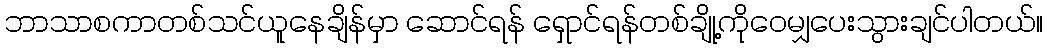
ဘာသာစကာတစ်သင်ယူနေချိန်မှာ ဆောင်ရန် ရှောင်ရန်တစ်ချို့ကိုဝေမျှပေးသွားချင်ပါတယ်။